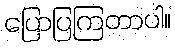
ပြောပြကြတာပါ။